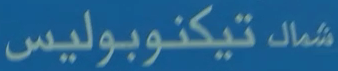
شمالتيكنوبوليس